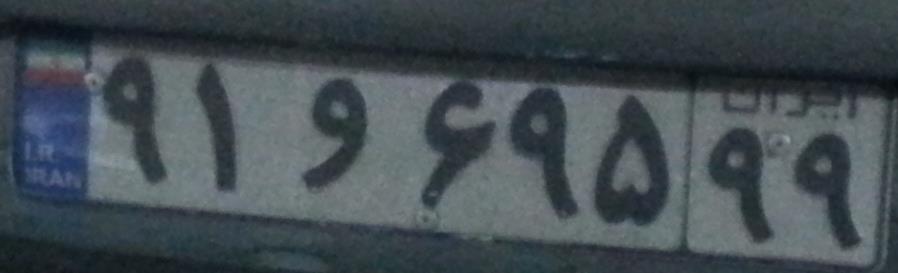
۹۱و۶۹۵۹۹